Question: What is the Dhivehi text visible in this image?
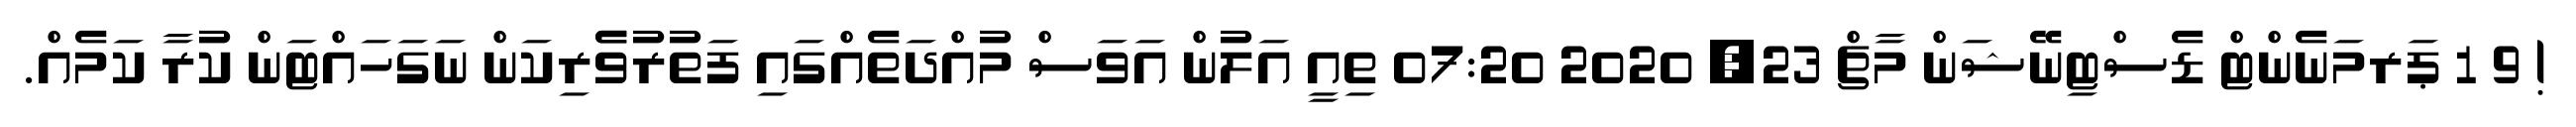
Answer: ! 9 1 ޕަރމަނެންޓް ޑެސްޓިނޭޝަން މާޗް 23, 2020 07:20 ތިއީ އަލުން އަވަސް މުއްދަތެއްގައި ފަތުރުވެެރިކަން ނަގަހައްޓަން ކުރާ ކަމެއް.